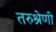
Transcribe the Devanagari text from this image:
तरुश्रेणी